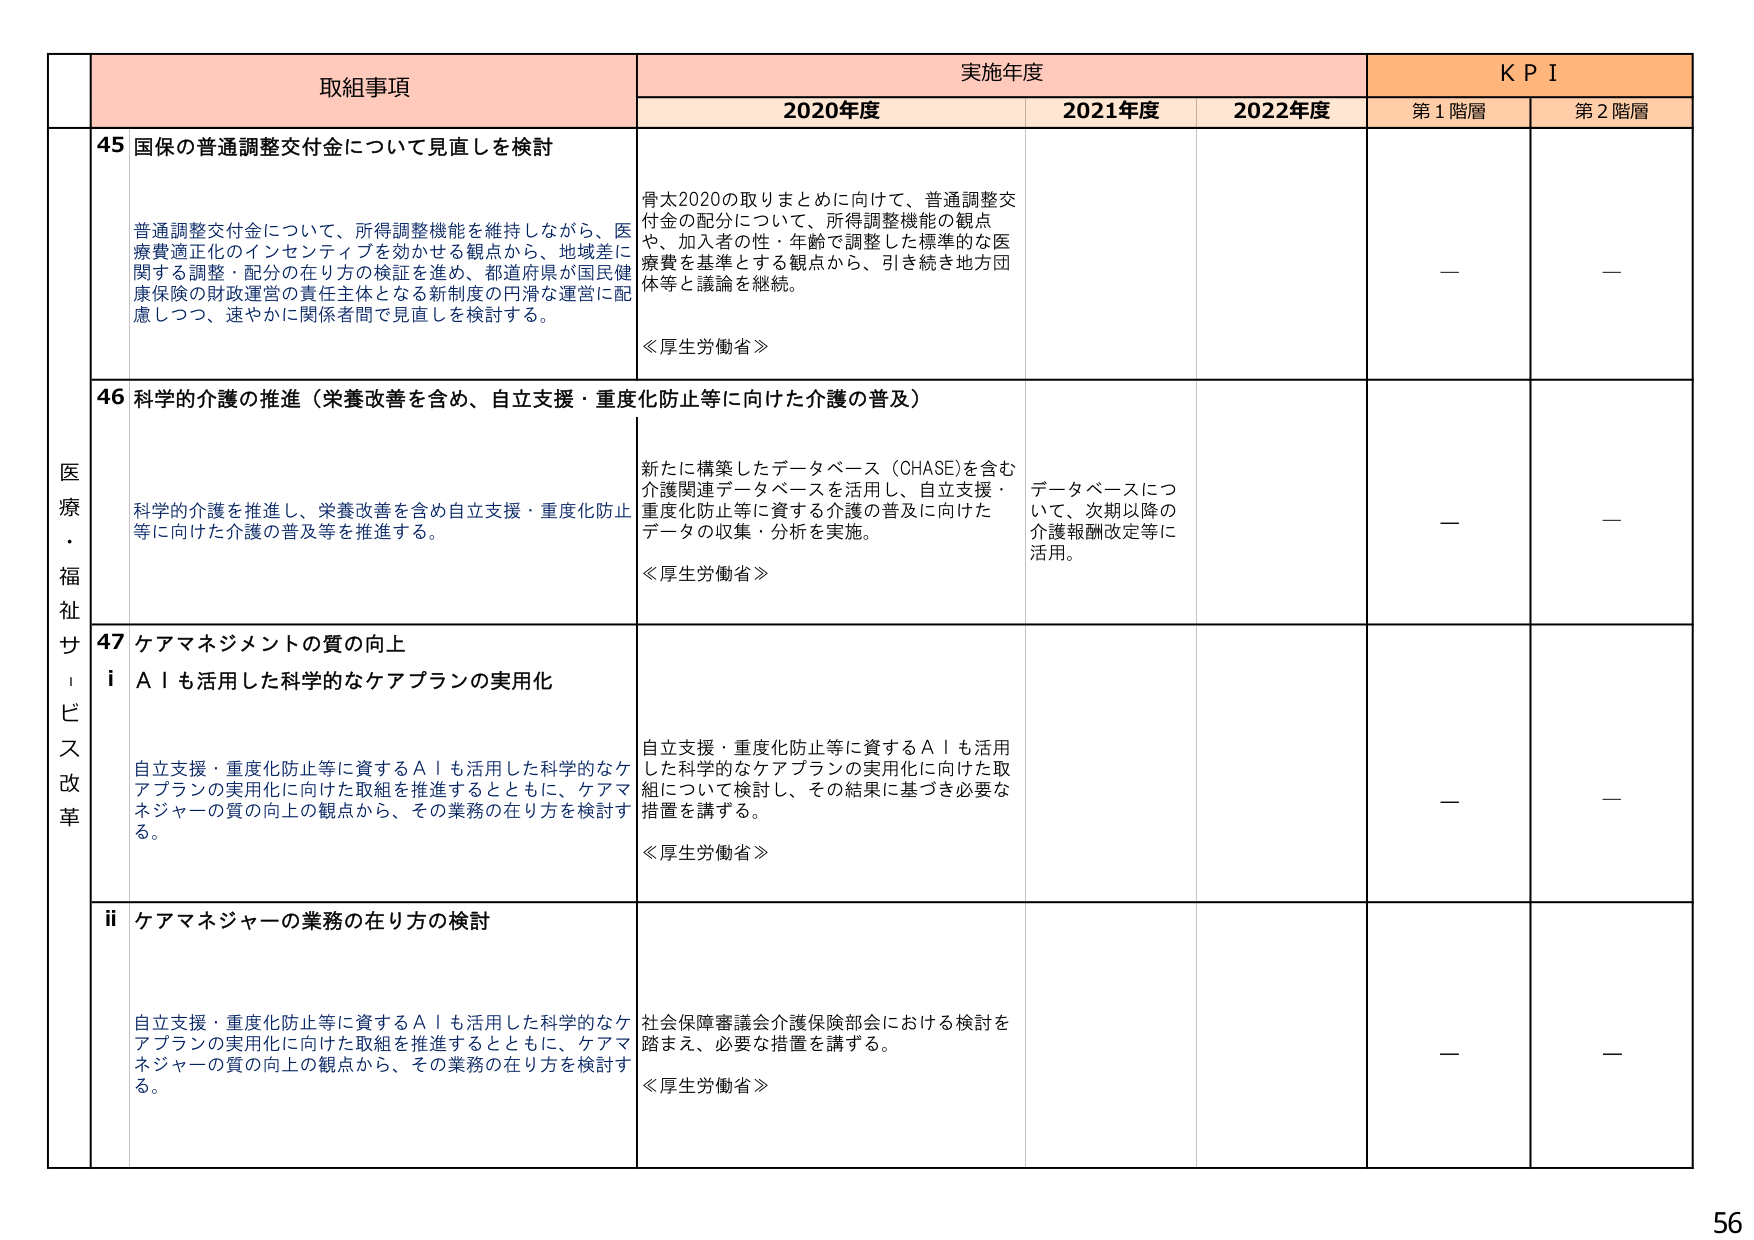
医療・福祉サービス改革

取組事項

45 国保の普通調整交付金について見直しを検討

普通調整交付金について、所得調整機能を維持しながら、医療費適正化のインセンティブを効かせる観点から、地域差に関する調整・配分の在り方の検証を進め、都道府県が国民健康保険の財政運営の責任主体となる新制度の円滑な運営に配慮しつつ、速やかに関係者間で見直しを検討する。

実施年度

2020年度

骨太2020の取りまとめに向けて、普通調整交付金の配分について、所得調整機能の観点や、加入者の性・年齢で調整した標準的な医療費を基準とする観点から、引き続き地方団体等と議論を継続。

≪厚生労働省≫

2021年度

2022年度

KPI

第1階層

—

第2階層

—

46 科学的介護の推進（栄養改善を含め、自立支援・重度化防止等に向けた介護の普及）

科学的介護を推進し、栄養改善を含め自立支援・重度化防止等に向けた介護の普及等を推進する。

新たに構築したデータベース（CHASE）を含む介護関連データベースを活用し、自立支援・重度化防止等に資する介護の普及に向けたデータの収集・分析を実施。

≪厚生労働省≫

データベースについて、次期以降の介護報酬改定等に活用。

—

—

47 ケアマネジメントの質の向上

i AIも活用した科学的なケアプランの実用化

自立支援・重度化防止等に資するAIも活用した科学的なケアプランの実用化に向けた取組を推進するとともに、ケアマネジャーの質の向上の観点から、その業務の在り方を検討する。

自立支援・重度化防止等に資するAIも活用した科学的なケアプランの実用化に向けた取組について検討し、その結果に基づき必要な措置を講ずる。

≪厚生労働省≫

—

—

ii ケアマネジャーの業務の在り方の検討

自立支援・重度化防止等に資するAIも活用した科学的なケアプランの実用化に向けた取組を推進するとともに、ケアマネジャーの質の向上の観点から、その業務の在り方を検討する。

社会保障審議会介護保険部会における検討を踏まえ、必要な措置を講ずる。

≪厚生労働省≫

—

—

56